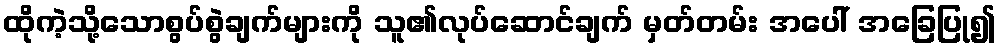
ထိုကဲ့သို့သောစွပ်စွဲချက်များကို သူ၏လုပ်ဆောင်ချက် မှတ်တမ်း အပေါ် အခြေပြု၍